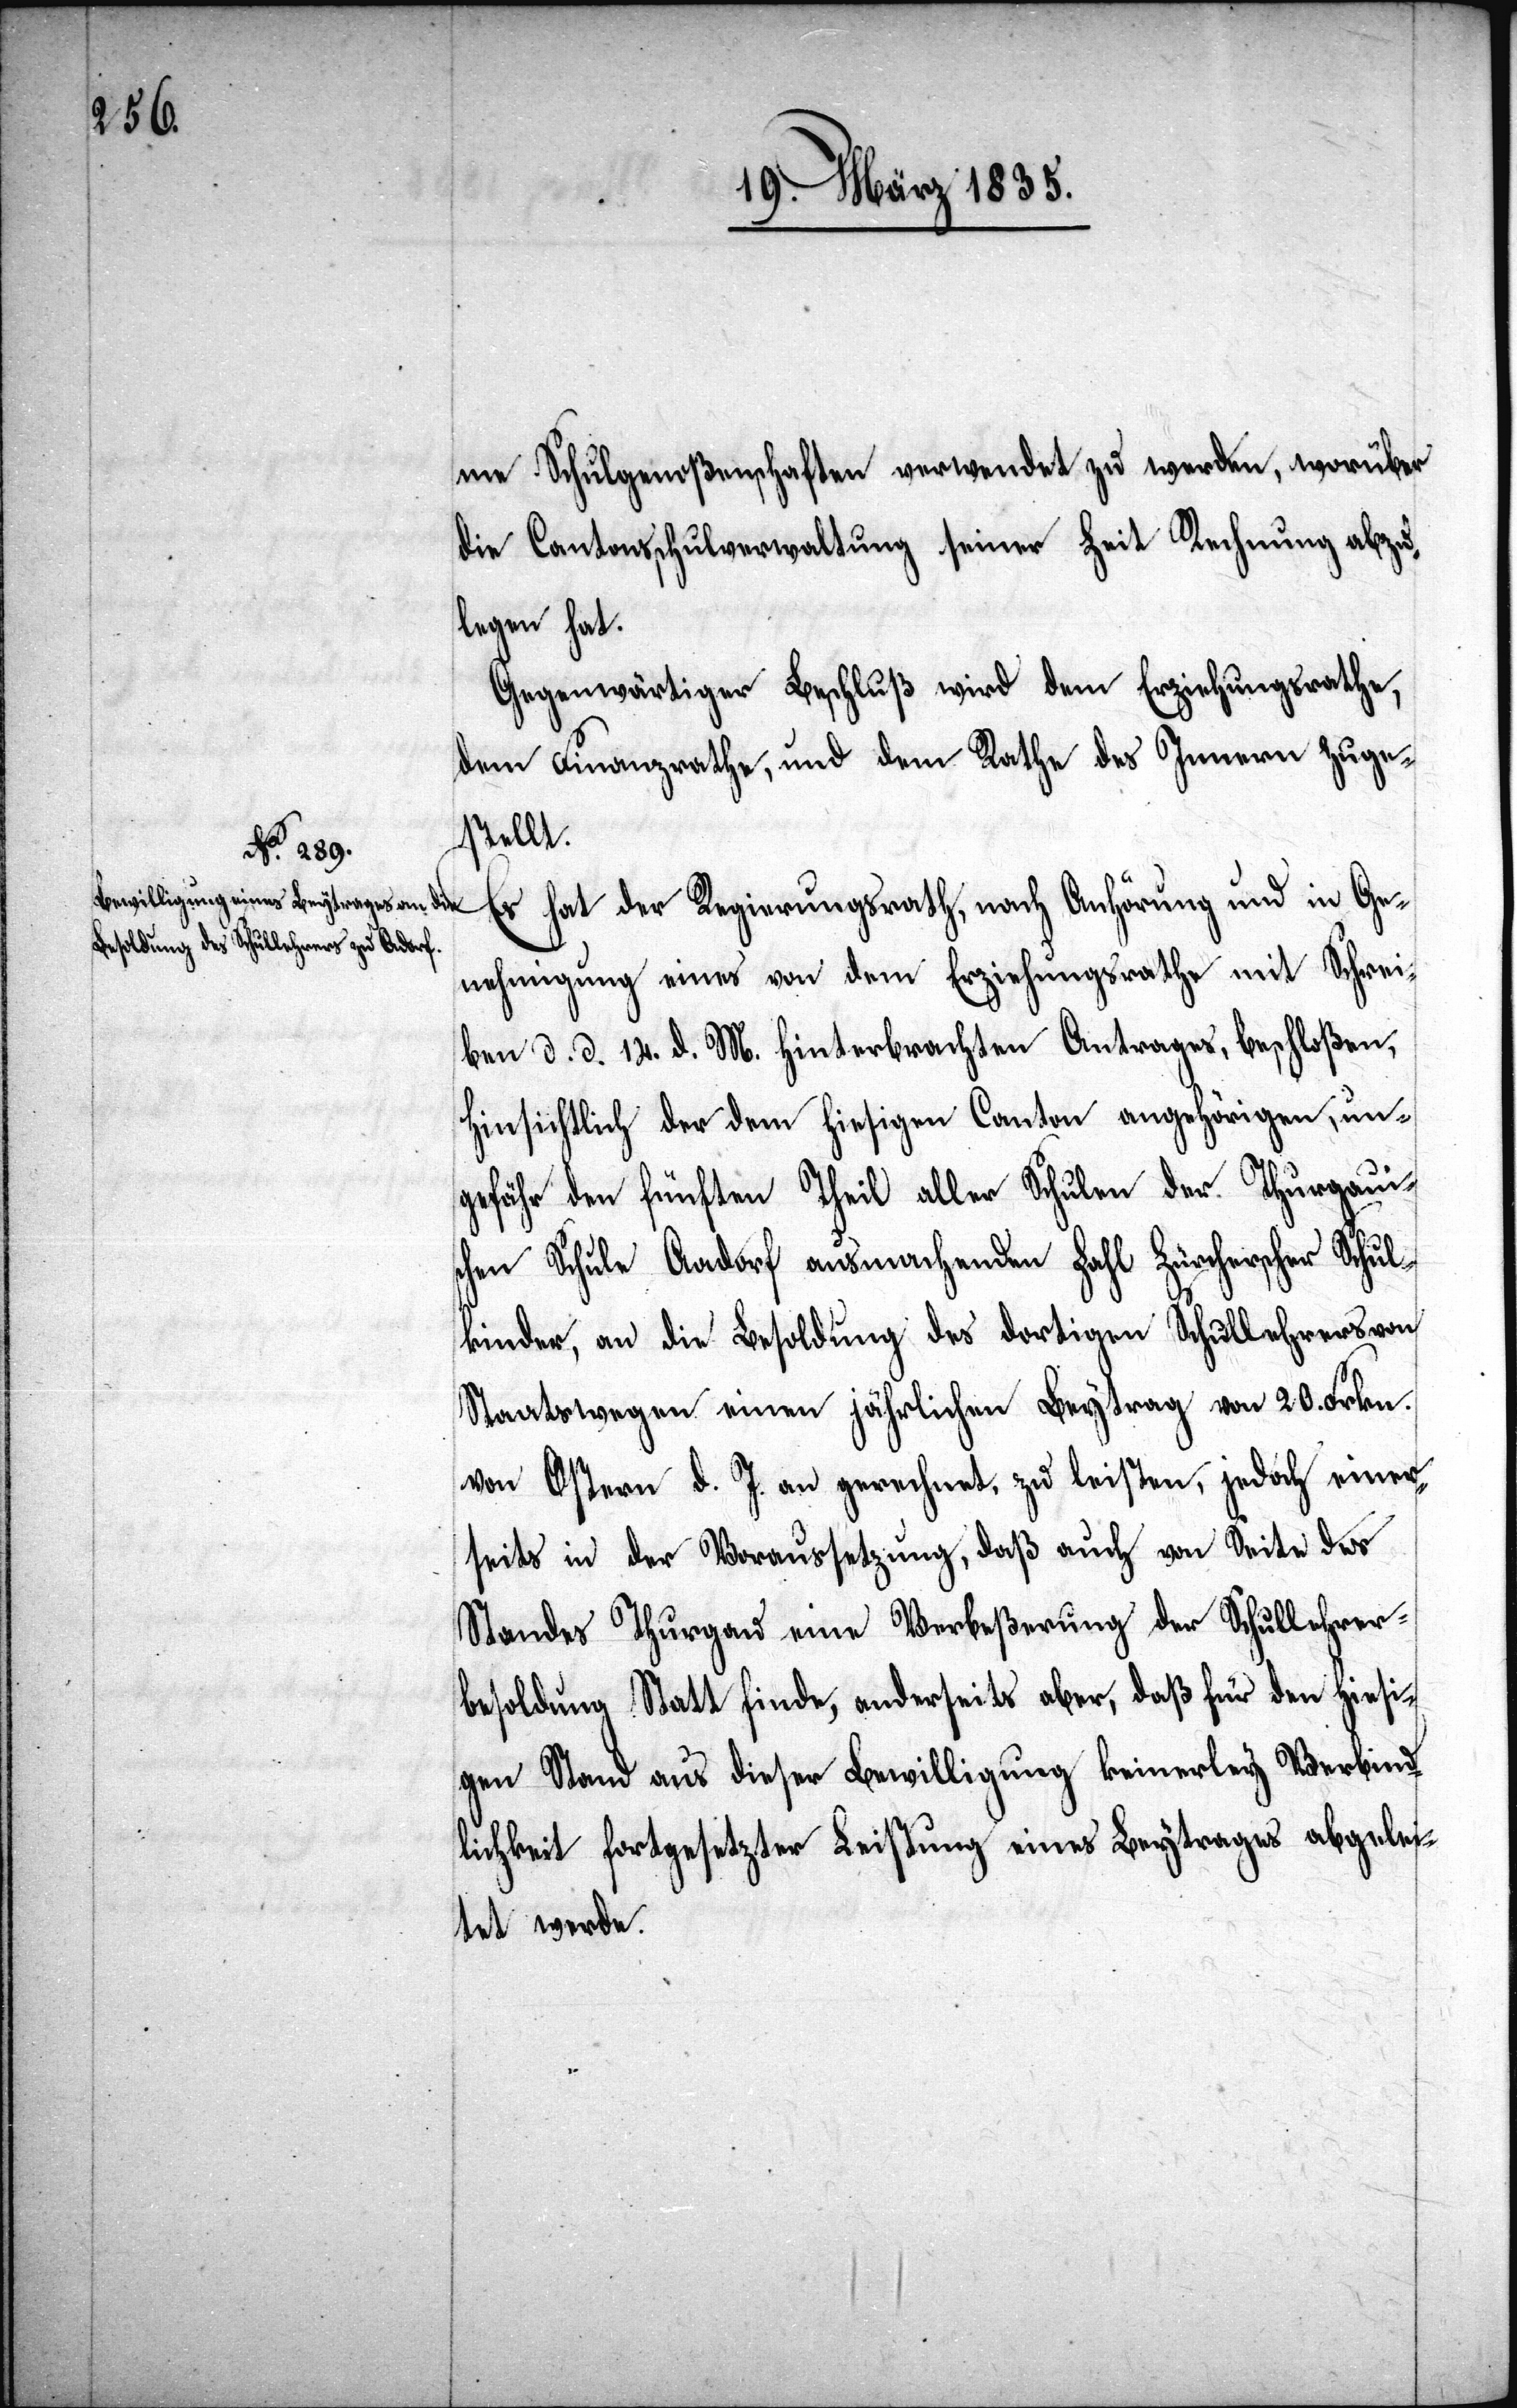
me Schulgenoßenschaften verwendet zu werden, worüber
die Cantonsschulverwaltung seiner Zeit Rechnung abzu¬
legen hat.
Gegenwärtiger Beschluß wird dem Erziehungsrathe,
dem Finanzrathe, und dem Rathe des Innern zuge¬
stellt.
Es hat der Regierungsrath, nach Anhörung und in Ge¬
nehmigung eines von dem Erziehungsrathe mit Schrei¬
ben d. d. 14. d. M. hinterbrachten Antrages, beschloßen,
hinsichtlich der dem hiesigen Canton angehörigen, un¬
gefähr den fünften Theil aller Schulen der Thurgaui¬
schen Schule Aadorf ausmachenden Zahl Zürcherscher Schul¬
kinder, an die Besoldung des dortigen Schullehrers von
Staatwegen einen jährlichen Beytrag von 20. Frkn.
von Ostern d. J. an gerechnet, zu leisten, jedoch einer¬
seits in der Voraussetzung, daß auch von Seite des
Standes Thurgau eine Verbeßerung der Schullehrer¬
besoldung Statt finde, anderseits aber, daß für den hiesi¬
gen Stand aus dieser Bewilligung keinerley Verbind¬
lichkeit fortgesetzter Leistung eines Beytrages abgelei¬
tet werde.